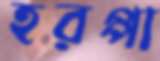
হরপ্পা